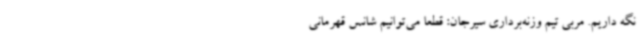
نگه داریم. مربی تیم وزنه‌برداری سیرجان: قطعا می‌توانیم شانس قهرمانی